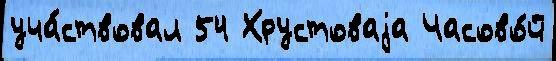
уча́ствовал 54 Хрустоваjа Часово́й